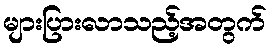
များပြားလာသည့်အတွက်